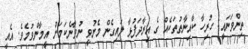
ތިންވަނައީ: ހުރިހާ ކާއިނާތުތަކެއް ގެ އިރާދަފުޅާ ލައިގެން މެނުވީ ނުވާނެކަމަށް އީމާންވުމެވެ. އެއީ